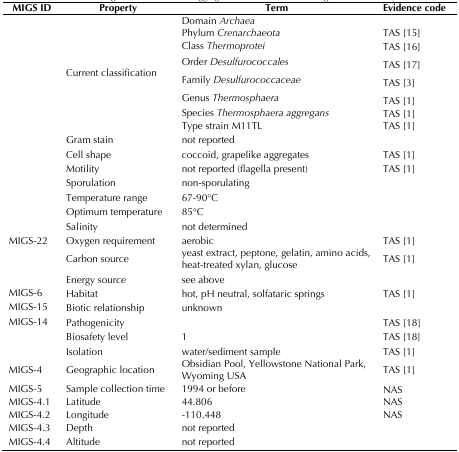
<table><thead><tr><td><b>MIGS ID</b></td><td><b>Property</b></td><td><b>Term</b></td><td><b>Evidence code</b></td></tr></thead><tbody><tr><td rowspan="8">[EMPTY_CELL]</td><td rowspan="8">Current classification</td><td>Domain <i>Archaea</i></td><td>[EMPTY_CELL]</td></tr><tr><td>Phylum <i>Crenarchaeota</i></td><td>TAS [15]</td></tr><tr><td>Class <i>Thermoprotei</i></td><td>TAS [16]</td></tr><tr><td>Order <i>Desulfurococcales</i></td><td>TAS [17]</td></tr><tr><td>Family <i>Desulfurococcaceae</i></td><td>TAS [3]</td></tr><tr><td>Genus <i>Thermosphaera</i></td><td>TAS [1]</td></tr><tr><td>Species <i>Thermosphaera aggregans</i></td><td>TAS [1]</td></tr><tr><td>Type strain M11TL</td><td>TAS [1]</td></tr><tr><td>[EMPTY_CELL]</td><td>Gram stain</td><td>not reported</td><td>[EMPTY_CELL]</td></tr><tr><td>[EMPTY_CELL]</td><td>Cell shape</td><td>coccoid, grapelike aggregates</td><td>TAS [1]</td></tr><tr><td>[EMPTY_CELL]</td><td>Motility</td><td>not reported (flagella present)</td><td>TAS [1]</td></tr><tr><td>[EMPTY_CELL]</td><td>Sporulation</td><td>non-sporulating</td><td>[EMPTY_CELL]</td></tr><tr><td>[EMPTY_CELL]</td><td>Temperature range</td><td>67-90°C</td><td>[EMPTY_CELL]</td></tr><tr><td>[EMPTY_CELL]</td><td>Optimum temperature</td><td>85°C</td><td>[EMPTY_CELL]</td></tr><tr><td>[EMPTY_CELL]</td><td>Salinity</td><td>not determined</td><td>[EMPTY_CELL]</td></tr><tr><td>MIGS-22</td><td>Oxygen requirement</td><td>aerobic</td><td>TAS [1]</td></tr><tr><td>[EMPTY_CELL]</td><td>Carbon source</td><td>yeast extract, peptone, gelatin, amino acids,heat-treated xylan, glucose</td><td>TAS [1]</td></tr><tr><td>[EMPTY_CELL]</td><td>Energy source</td><td>see above</td><td>[EMPTY_CELL]</td></tr><tr><td>MIGS-6</td><td>Habitat</td><td>hot, pH neutral, solfataric springs</td><td>TAS [1]</td></tr><tr><td>MIGS-15</td><td>Biotic relationship</td><td>unknown</td><td>[EMPTY_CELL]</td></tr><tr><td>MIGS-14</td><td>Pathogenicity</td><td>[EMPTY_CELL]</td><td>TAS [18]</td></tr><tr><td>[EMPTY_CELL]</td><td>Biosafety level</td><td>1</td><td>TAS [18]</td></tr><tr><td>[EMPTY_CELL]</td><td>Isolation</td><td>water/sediment sample</td><td>TAS [1]</td></tr><tr><td>MIGS-4</td><td>Geographic location</td><td>Obsidian Pool, Yellowstone National Park,Wyoming USA</td><td>TAS [1]</td></tr><tr><td>MIGS-5</td><td>Sample collection time</td><td>1994 or before</td><td>NAS</td></tr><tr><td>MIGS-4.1MIGS-4.2</td><td>LatitudeLongitude</td><td>44.806-110.448</td><td>NASNAS</td></tr><tr><td>MIGS-4.3</td><td>Depth</td><td>not reported</td><td>[EMPTY_CELL]</td></tr><tr><td>MIGS-4.4</td><td>Altitude</td><td>not reported</td><td>[EMPTY_CELL]</td></tr></tbody></table>